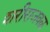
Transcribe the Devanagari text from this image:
शरीराजवळ